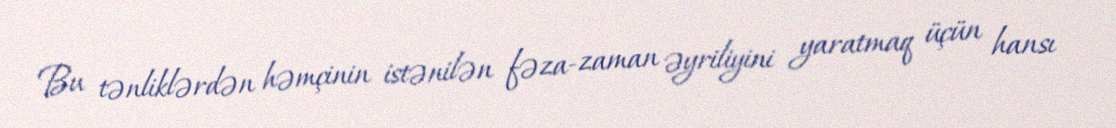
Bu tənliklərdən həmçinin istənilən fəza-zaman əyriliyini yaratmaq üçün hansı